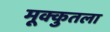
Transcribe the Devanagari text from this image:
मूक्कुतला